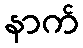
နာက်